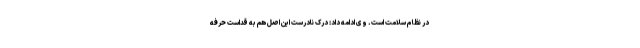
در نظام سلامت است. وی ادامه داد: درک نادرست این اصل هم به قداست حرفه‌